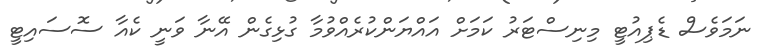
ނަމަވެސް ޑެޕިއުޓީ މިނިސްޓަރު ކަމަށް އައްޔަންކުރެއްވުމާ ގުޅިގެން އޭނާ ވަނީ ކެއާ ސޮސައިޓީ